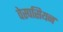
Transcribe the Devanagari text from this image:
वेस्पसियन